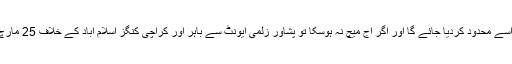
بارش کے باعث میچ متاثر ہونے کی صورت میں اسے محدود کردیا جائے گا اور اگر آج میچ نہ ہوسکا تو پشاور زلمی ایونٹ سے باہر اور کراچی کنگز اسلام آباد کے خلاف 25 مارچ کو کراچی کے نیشنل اسٹیڈیم میں فائنل کھیلے گی۔